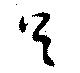
足